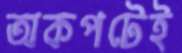
অকপটেই